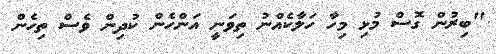
''ބިރުން ގޮސް މުޅި މިހާ ހަލާކެއްނު ތިވަނީ އަންހެން ކުދިން ވެސް ތިހެން